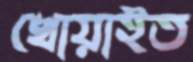
খোয়াইত